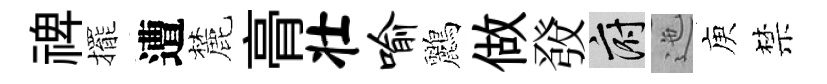
禆擺遭麓𮌔壮喻鸝做𤼲府迤庾禁